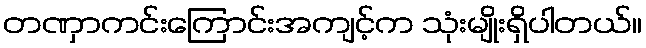
တဏှာကင်းကြောင်းအကျင့်က သုံးမျိုးရှိပါတယ်။